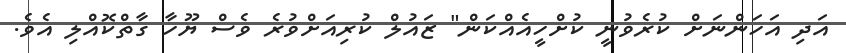
އަދި އަހަންނަށް ކުރެވުނީ ކުށްހީއެއްކަން" ޒައުލް ކުރިއަށްވުރެ ވެސް ޔޫހާ ގާތްކޮއްލި އެވެ.